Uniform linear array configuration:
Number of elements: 12
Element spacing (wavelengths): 0.5
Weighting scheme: hann
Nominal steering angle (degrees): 0
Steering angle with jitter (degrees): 1.052
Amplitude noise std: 0.05
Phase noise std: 0.05

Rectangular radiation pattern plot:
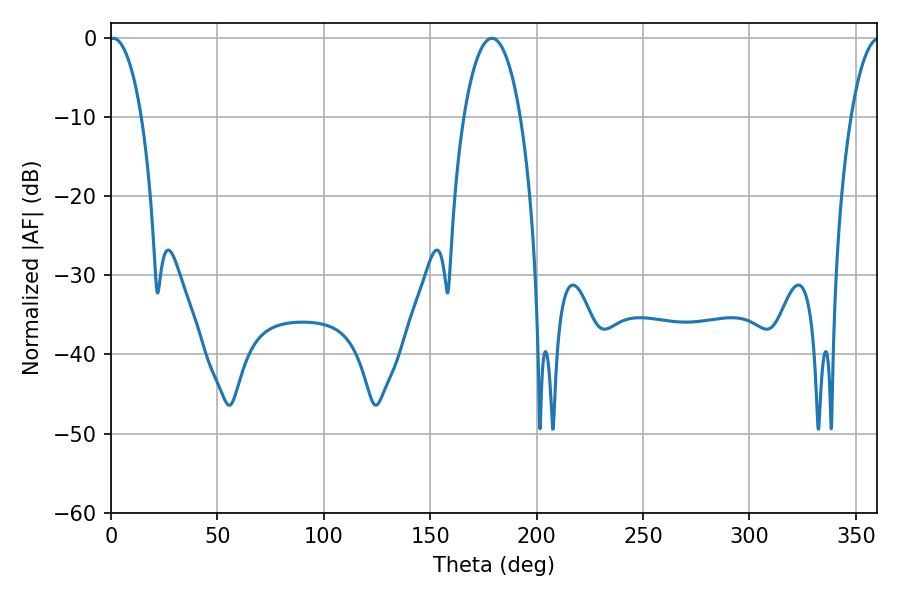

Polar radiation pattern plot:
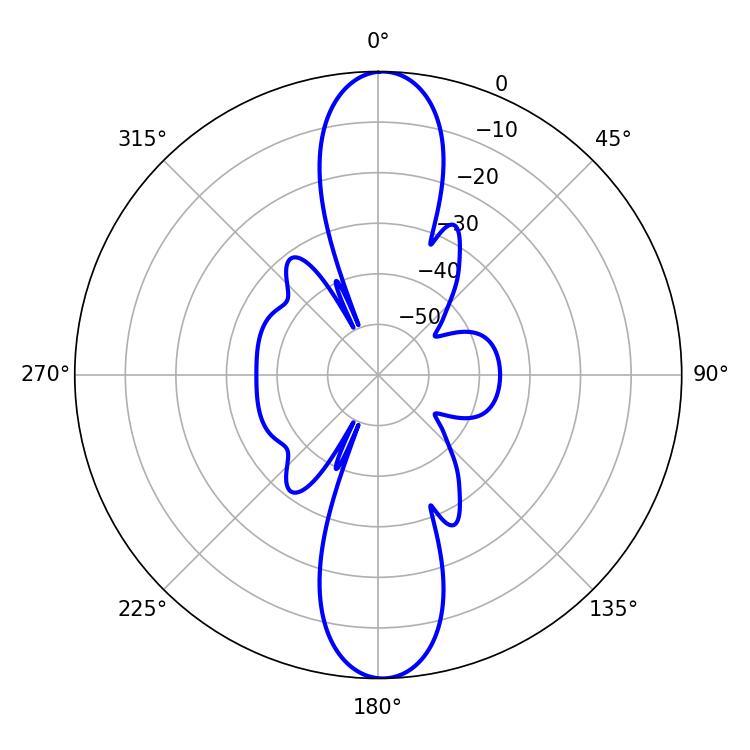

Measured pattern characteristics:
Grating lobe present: FALSE
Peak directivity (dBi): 23.321
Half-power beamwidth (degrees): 8.46
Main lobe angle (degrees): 1.08